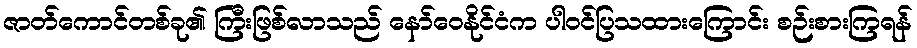
ဇာတ်ကောင်တစ်ခု၏ ကြီးဖြစ်လာသည် နော်ဝေနိုင်ငံက ပါဝင်ပြသထားကြောင်း စဉ်းစားကြရန်